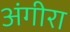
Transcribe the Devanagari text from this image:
अंगीरा